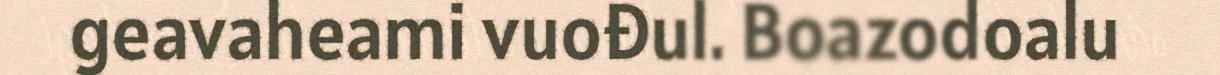
geavaheami vuođul. Boazodoalu